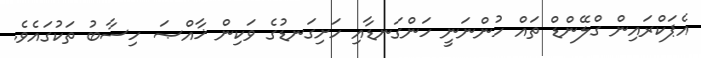
އެޕަކްރައިން ގްލޭންޑް ތައް ހުންނަނީ ހަންގަނޑާއި ހަށިގަނޑުގެ ވަކިން ޚާއްޞަ ހިސާބު ތަކުގައެވެ.